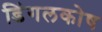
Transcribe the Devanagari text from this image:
डिंगलकोष